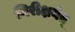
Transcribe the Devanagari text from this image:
निरीक्षयेत्